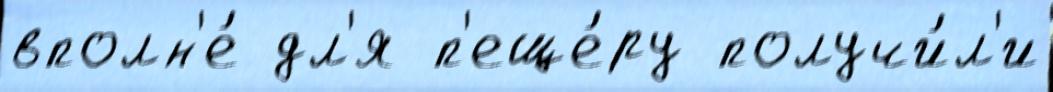
вполн'е́ дл'я п'еще́ру получи́л'и